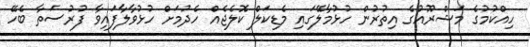
ހިއްކުމުގެ މަޝްރޫއުގެ އިތުރުން ހުޅުމާލޭގައި މެޑިކަލް ކޮލެޖެއް ހެދުމަށް ހުޅުވާލާފައިވާ ފުރުސަތާ ބެހޭ